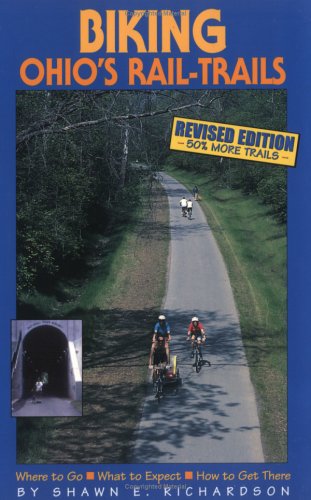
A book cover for Biking Ohio's Rail-Trails: Where to Go, What to Expect, How to Get There (Biking Rail-Trails); Shawn E. Richardson; Travel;